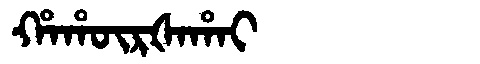
Manchu: ᡥᠠᡥᡡᡵᡧᠠᡥᠠᡳ
Romanization: HAHŪRŠAHAI